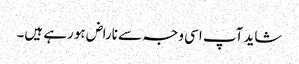
شاید آپ اسی وجہ سے ناراض ہورہے ہیں۔